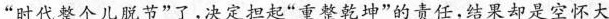
”时代整个儿脱节”了，决定担起”重整乾坤”的责任，结果却是空怀大